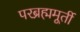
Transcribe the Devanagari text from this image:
परब्रह्ममूर्ती